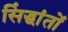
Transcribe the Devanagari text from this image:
सिंद्धांतों